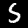
Label: 5